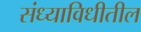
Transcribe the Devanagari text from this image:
संध्याविधीतील